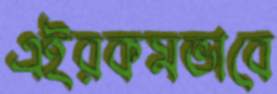
এইরকমভাবে